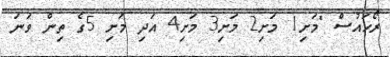
ރޯހައުސް "މަށި1 މަށި2 މަށި3 މަށި4 އަދި މަށި 5ގެ ތިން ވަނަ